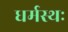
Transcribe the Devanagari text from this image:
धर्मस्थः